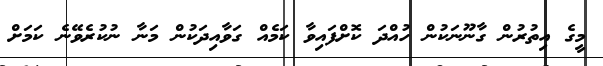
މީގެ އިތުރުން ގާނޫނަކުން ހުއްދަ ކޮށްފައިވާ ކަމެއް ގަވާއިދަކުން މަނާ ނުކުރެވޭނެ ކަމަށް